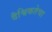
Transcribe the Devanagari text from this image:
वैश्विकतेचा